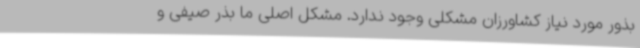
بذور مورد نیاز کشاورزان مشکلی وجود ندارد. مشکل اصلی ما بذر صیفی و